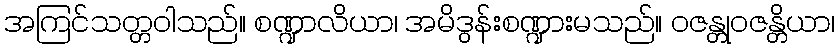
အကြင်သတ္တဝါသည်။ စဏ္ဍာလိယာ၊ အမိဒွန်းစဏ္ဍားမသည်။ ဝဇန္တုဝဇန္တိယာ၊